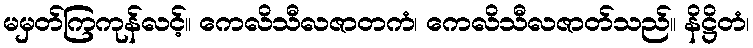
မမှတ်ကြကုန်လင့်။ ကေလိသီလဇာတကံ၊ ကေလိသီလဇာတ်သည်။ နိဋ္ဌိတံ၊